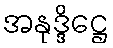
အနုဒ္ဒိဋ္ဌေ